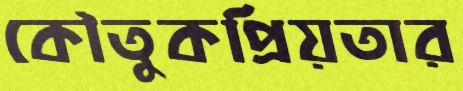
কৌতুকপ্রিয়তার